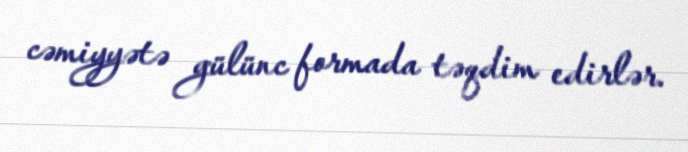
cəmiyyətə gülünc formada təqdim edirlər.